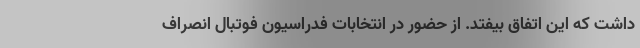
داشت که این اتفاق بیفتد. از حضور در انتخابات فدراسیون فوتبال انصراف